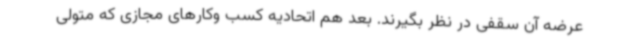
عرضه آن سقفی در نظر بگیرند. بعد هم اتحادیه کسب وکارهای مجازی که متولی